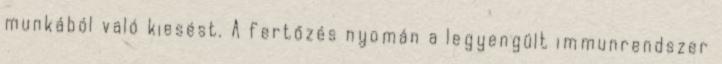
munkából való kiesést. A fertőzés nyomán a legyengült immunrendszer